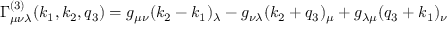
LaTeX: \Gamma _ { \mu \nu \lambda } ^ { ( 3 ) } ( k _ { 1 } , k _ { 2 } , q _ { 3 } ) = g _ { \mu \nu } ( k _ { 2 } - k _ { 1 } ) _ { \lambda } - g _ { \nu \lambda } ( k _ { 2 } + q _ { 3 } ) _ { \mu } + g _ { \lambda \mu } ( q _ { 3 } + k _ { 1 } ) _ { \nu }